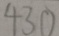
4 3 0